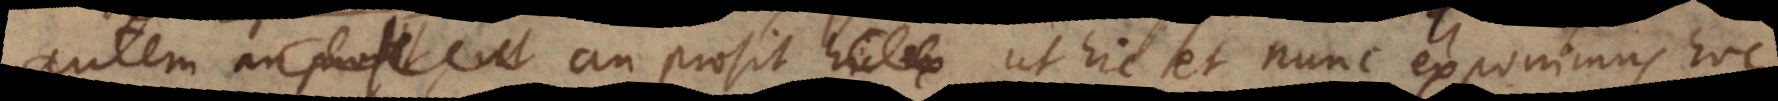
autem an prosit ut hic et nunc exponimus hoc